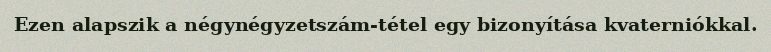
Ezen alapszik a négynégyzetszám-tétel egy bizonyítása kvaterniókkal.